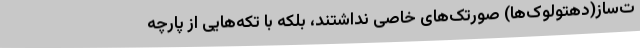
ت‌ساز(دهتولوک‌ها) صورتک‌های خاصی نداشتند، بلکه با تکه‌هایی از پارچه